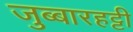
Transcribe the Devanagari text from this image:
जुब्‍बारहट्टी